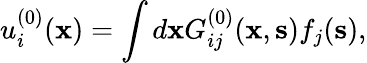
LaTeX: u_{i}^{(0)}({\mathbf x})=\int d{\mathbf x}G_{ij}^{(0)}({\mathbf x},{\mathbf s})f_{j}({\mathbf s}),